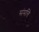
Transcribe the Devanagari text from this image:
संमत्ति